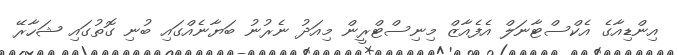
އިންޑިއާގެ އެކްްްސްޓާނަލް އެފެއާޒް މިނިސްޓްރީން މިއަދު ނެރުނު ބަޔާނެއްގައި ބުނި ގޮތުގައި ޝަހާރޭ